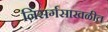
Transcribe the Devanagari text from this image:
निसर्गसाखळीत